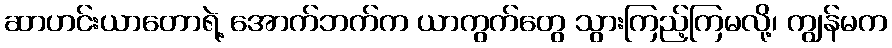
ဆာဟင်းယာတောရဲ့ အောက်ဘက်က ယာကွက်တွေ သွားကြည့်ကြမလို့၊ ကျွန်မက